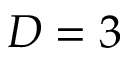
D = 3